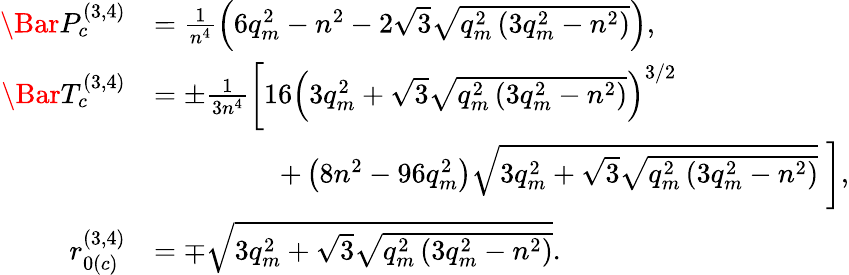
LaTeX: \begin{array}{rl}{\Bar{P}_{c}^{(3,4)}}&{=\frac{1}{n^{4}}\left(6q_{m}^{2}-n^{2}-2\sqrt{3}\sqrt{q_{m}^{2}\left(3q_{m}^{2}-n^{2}\right)}\right),}\\ {\Bar{T}_{c}^{(3,4)}}&{=\pm\frac{1}{3n^{4}}\left[16\left(3q_{m}^{2}+\sqrt{3}\sqrt{q_{m}^{2}\left(3q_{m}^{2}-n^{2}\right)}\right)^{3/2}\right.}\\ &{\; \; \; \; \; \; \; \; \; \; \; \; \; \; \; \; \left.+\left(8n^{2}-96q_{m}^{2}\right)\sqrt{3q_{m}^{2}+\sqrt{3}\sqrt{q_{m}^{2}\left(3q_{m}^{2}-n^{2}\right)}}\; \right],}\\ {r_{0(c)}^{(3,4)}}&{=\mp\sqrt{3q_{m}^{2}+\sqrt{3}\sqrt{q_{m}^{2}\left(3q_{m}^{2}-n^{2}\right)}}.}\end{array}